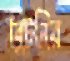
ব্রিটনির